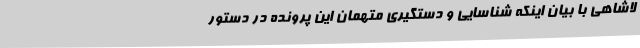
لاشاهی با بیان اینکه شناسایی و دستگیری متهمان این پرونده در دستور